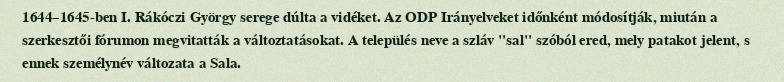
1644–1645-ben I. Rákóczi György serege dúlta a vidéket. Az ODP Irányelveket időnként módosítják, miután a szerkesztői fórumon megvitatták a változtatásokat. A település neve a szláv "sal" szóból ered, mely patakot jelent, s ennek személynév változata a Sala.